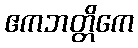
ဧကဘတ္တိကေ